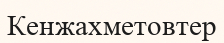
Кенжахметовтер